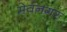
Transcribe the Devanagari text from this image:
मेवनगर